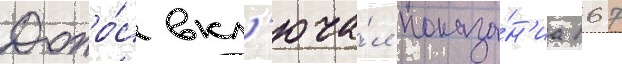
Допро́с вкл'юча́л показа́н'иа 167